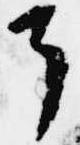
了